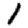
Digit: 1